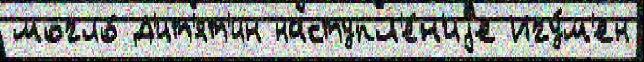
могло́ Д'ит'ят'ин наступл'е́н'иjе Игу́м'ен